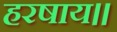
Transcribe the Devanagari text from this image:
हरषाय॥